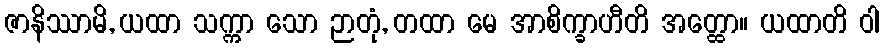
ဇာနိဿာမိ, ယထာ သက္ကာ သော ဉာတုံ, တထာ မေ အာစိက္ခာဟီတိ အတ္ထော။ ယထာတိ ဝါ